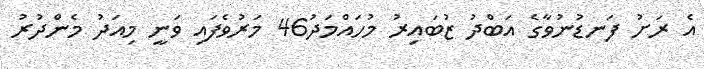
އެ ރަށު ފަނޑުނުވާގެ އަބްދު ޒުބައިރު މުހައްމަދު46 މަރުވެފައި ވަނީ މިއަދު މެންދުރު